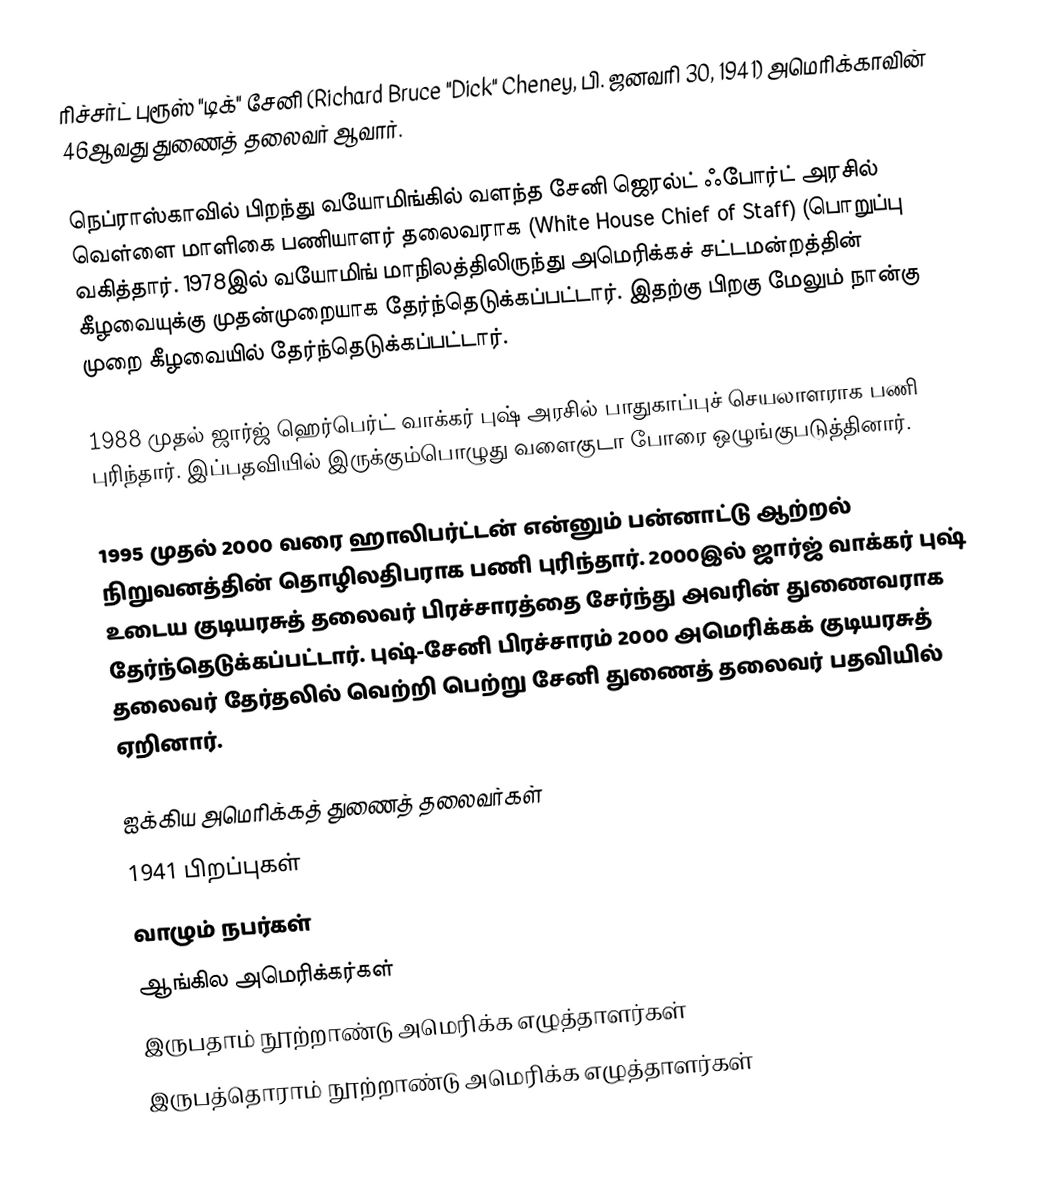
ரிச்சர்ட் புரூஸ் "டிக்" சேனி (Richard Bruce "Dick" Cheney, பி. ஜனவரி 30, 1941) அமெரிக்காவின் 46ஆவது துணைத் தலைவர் ஆவார்.

நெப்ராஸ்காவில் பிறந்து வயோமிங்கில் வளந்த சேனி ஜெரல்ட் ஃபோர்ட் அரசில் வெள்ளை மாளிகை பணியாளர் தலைவராக (White House Chief of Staff) (பொறுப்பு வகித்தார். 1978இல் வயோமிங் மாநிலத்திலிருந்து அமெரிக்கச் சட்டமன்றத்தின் கீழவையுக்கு முதன்முறையாக தேர்ந்தெடுக்கப்பட்டார். இதற்கு பிறகு மேலும் நான்கு முறை கீழவையில் தேர்ந்தெடுக்கப்பட்டார்.

1988 முதல் ஜார்ஜ் ஹெர்பெர்ட் வாக்கர் புஷ் அரசில் பாதுகாப்புச் செயலாளராக பணி புரிந்தார். இப்பதவியில் இருக்கும்பொழுது வளைகுடா போரை ஒழுங்குபடுத்தினார்.

1995 முதல் 2000 வரை ஹாலிபர்ட்டன் என்னும் பன்னாட்டு ஆற்றல் நிறுவனத்தின் தொழிலதிபராக பணி புரிந்தார். 2000இல் ஜார்ஜ் வாக்கர் புஷ் உடைய குடியரசுத் தலைவர் பிரச்சாரத்தை சேர்ந்து அவரின் துணைவராக தேர்ந்தெடுக்கப்பட்டார். புஷ்-சேனி பிரச்சாரம் 2000 அமெரிக்கக் குடியரசுத் தலைவர் தேர்தலில் வெற்றி பெற்று சேனி துணைத் தலைவர் பதவியில் ஏறினார்.

ஐக்கிய அமெரிக்கத் துணைத் தலைவர்கள்
1941 பிறப்புகள்
வாழும் நபர்கள்
ஆங்கில அமெரிக்கர்கள்
இருபதாம் நூற்றாண்டு அமெரிக்க எழுத்தாளர்கள்
இருபத்தொராம் நூற்றாண்டு அமெரிக்க எழுத்தாளர்கள்